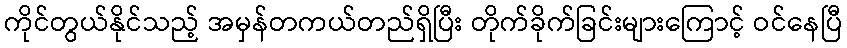
ကိုင်တွယ်နိုင်သည့် အမှန်တကယ်တည်ရှိပြီး တိုက်ခိုက်ခြင်းများကြောင့် ဝင်နေပြီ